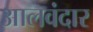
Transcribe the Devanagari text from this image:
आलवंदार